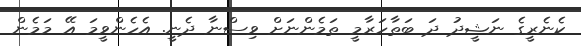
ކެނެރީގެ ނަޝީދު ދަ ބަތާހަރާމީ ތަމެންނަށް ވިސްނާ ދެނީ. އެހެންވީމަ އޭ މަމެން